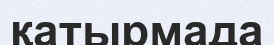
қатырмада